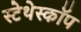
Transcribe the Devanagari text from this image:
स्‍टेथेस्‍कॉप